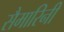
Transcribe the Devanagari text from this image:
सैमारिनी